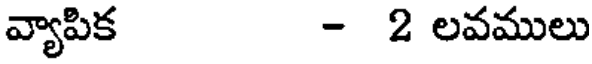
వ్యాపిక - 2 లవములు